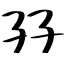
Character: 孖